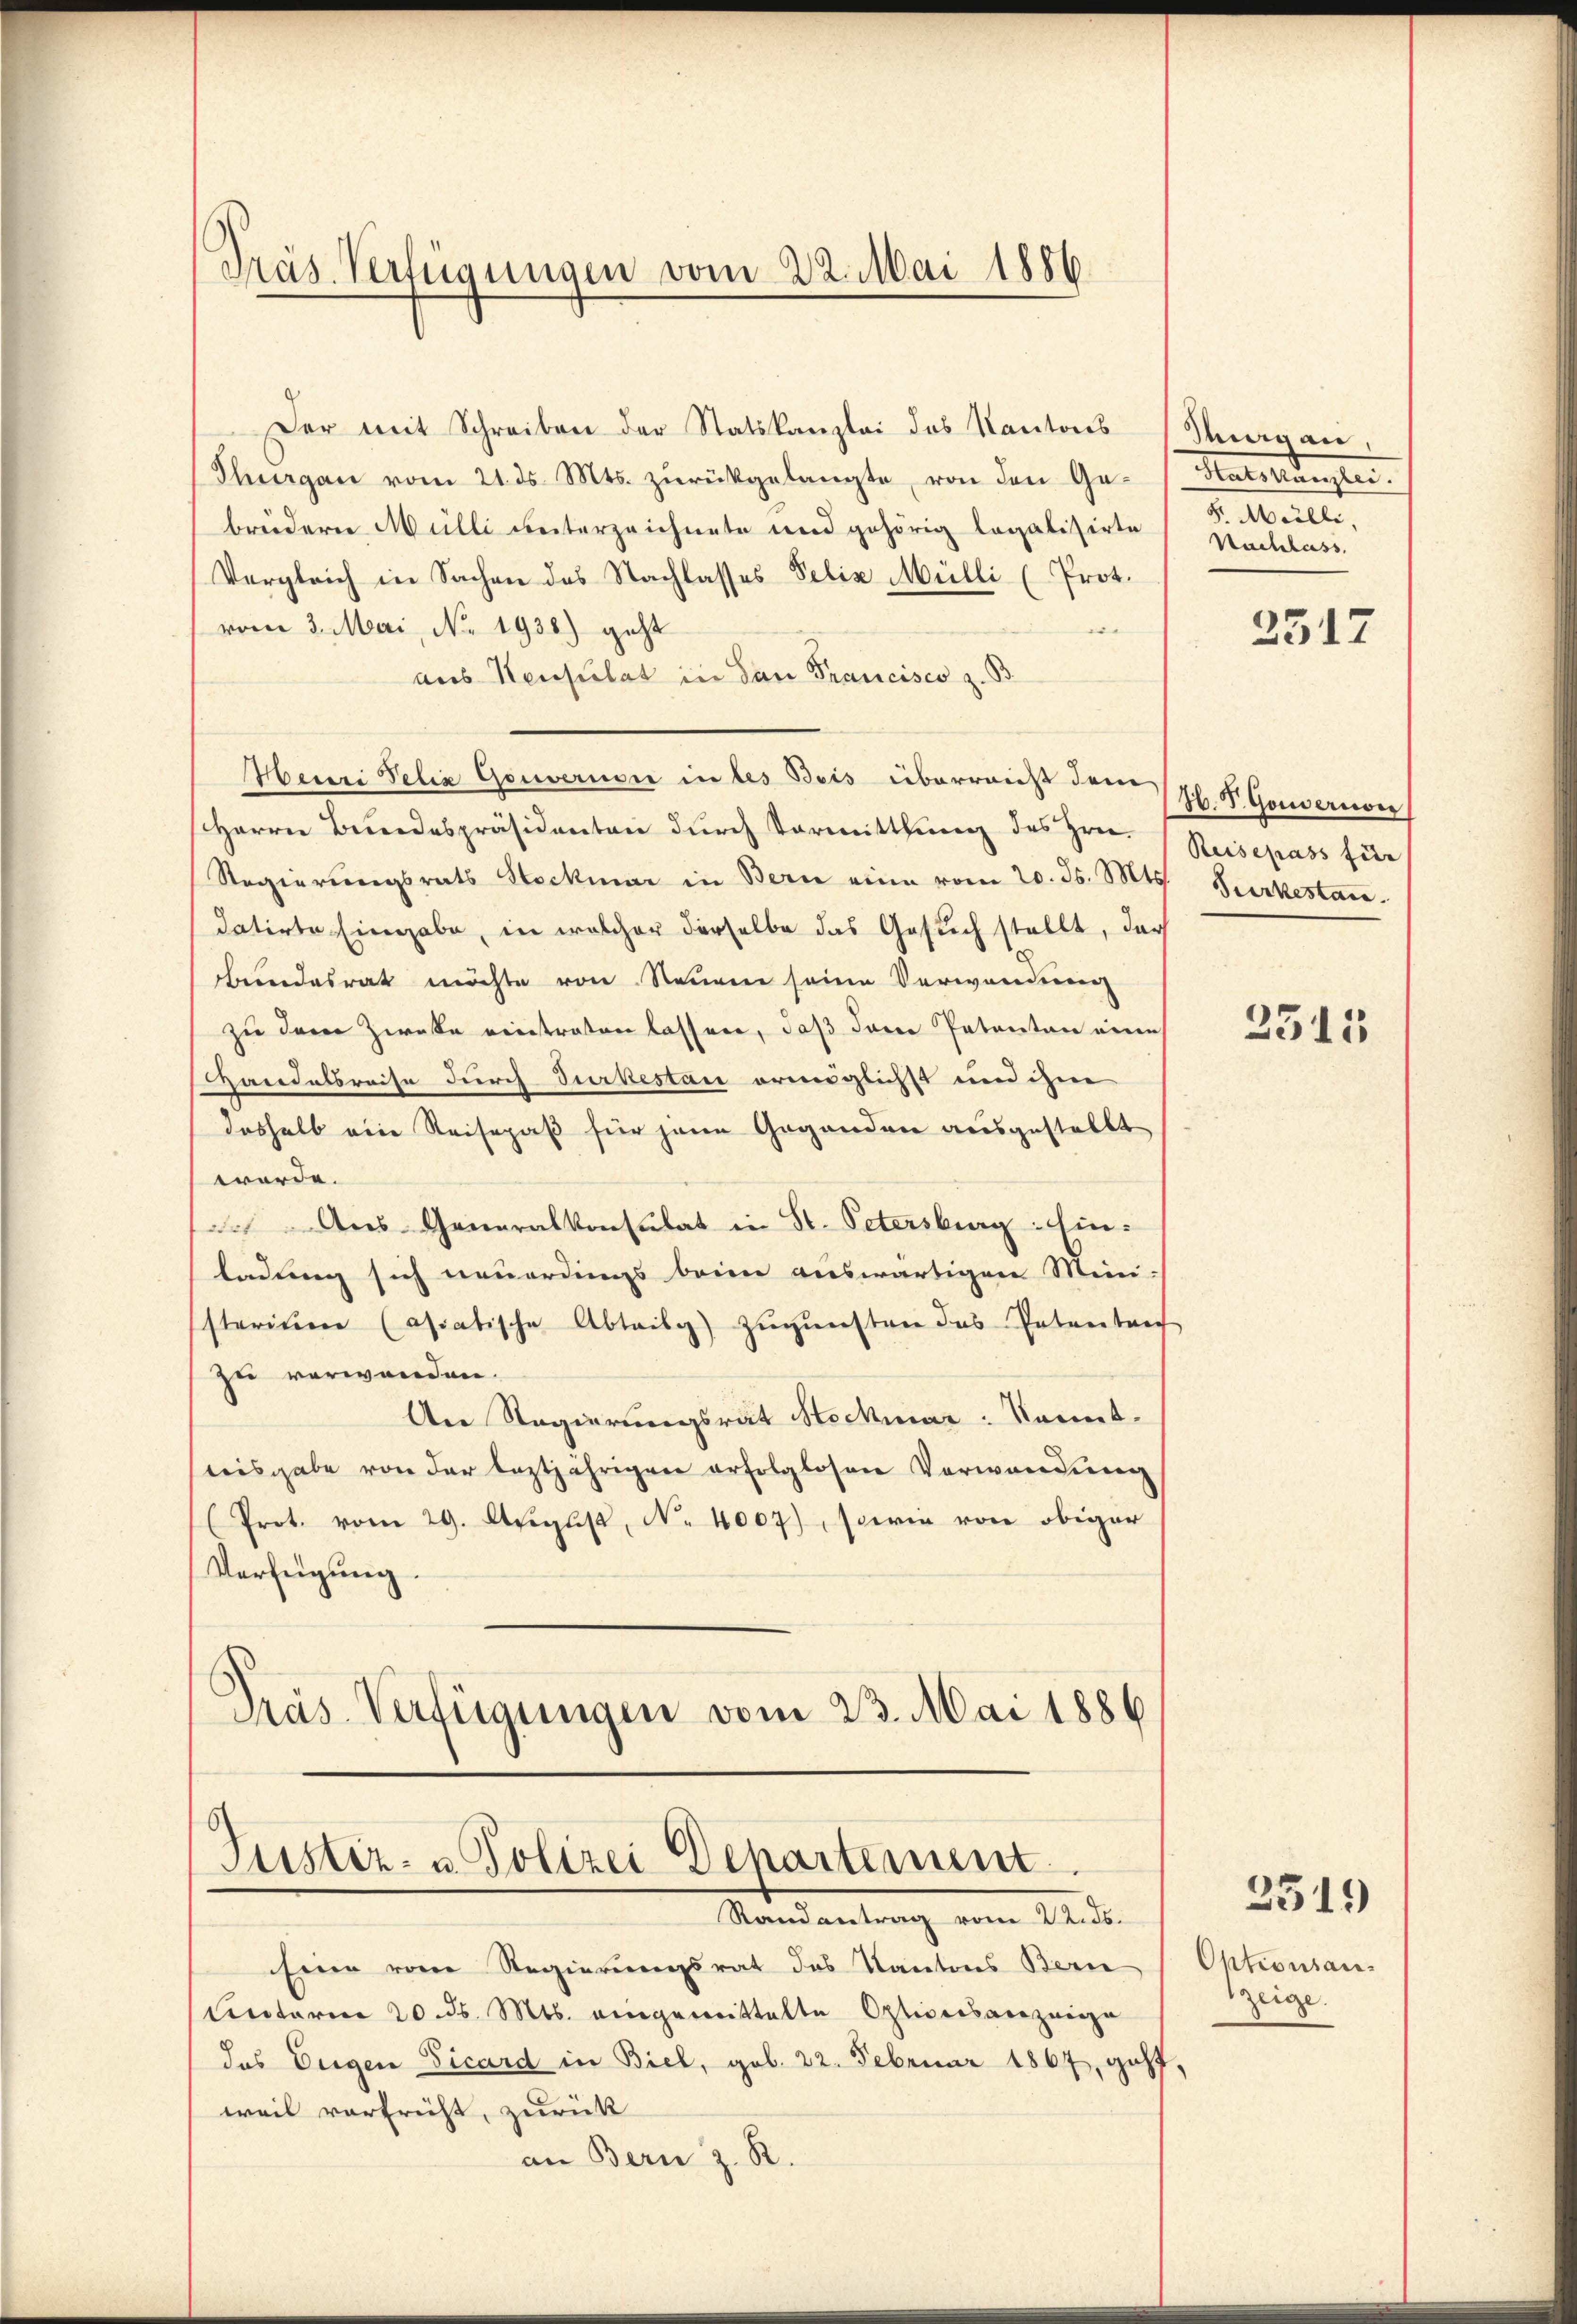
Präs. Verfügungen vom 22. Mai 1886.

Der mit Schreiben der Statskanzlei des Kantons Sagan,
Thurgau vom 21. ds. Mts. zŭrückgelangte von den Ge- (Hatskanzlei.
breidern Mülli unterzeichnete und gehörig legalisirte
Vergleich in Sachen des Nachlasses Felix Mülli (Prot.
|
vom 3. Mai, No. 1938) geht
aus Konsulat in dan Francisco z. B.
Meiri Velia Gouvernde in des Beis überreicht dem
Herrn Bundespräsidenten durch Vormittlung des Hrn. Reisepass für
Regierungsrats Stockmar in Bern eine vom 20. ds. Mts. Gurkestan
datirte Eingabe, in welcher derselbe das Gesuch stellt, dar
bundesrath möchte von Neuen seine Verwandung
zu dem Zweke eintraten lassen, daß dann Petenten eine
Handelsreise durch Surkestan ermöglichst und ihm
deshalb ein Reisepaß für jene Gegenden ausgestellt
worde.
Aus Generalkonsulat in St. Petersburg hinladung sich neuerdings beim auswärtigen Mini-
sterium (asiatische Abteilg) zŭgŭnsten das Patenten
zu verwenden.
An Regierungsrat Stockmar : kannt.
teisgabe von der leztjährigen erfolglosen Verwendung
(Prot. vom 29. August, N. 4007), sowie von obiger
Verfügung.
Präs. Verfügungen vom 23. Mai 1886

Justiz- u. Polizei Departement.
Randantrag vom 22. ds.

F. Mülli,
Nachlass.

Eine vom Regierungsrat des Kantons Bern
Unterm 20. ds. Mts. eingemittelte Optiversanzeige
das Eigen Vicard in Biel, geb. 22. Februar 1867, geht,
weil vorfrüht, zurück
an Bern z. R.

3517

H. V. Gouvernon

2511

Optionsanzeige.

2519